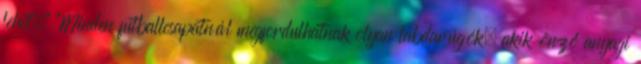
lehet." "Minden futballcsapatnál megfordulhatnak olyan labdarúgók, akik önző anyagi